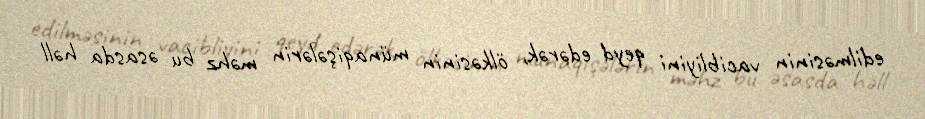
edilməsinin vacibliyini qeyd edərək, ölkəsinin münaqişələrin məhz bu əsasda həll